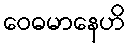
ဝေဓမာနေဟိ